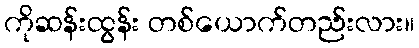
ကိုဆန်းထွန်း တစ်ယောက်တည်းလား။